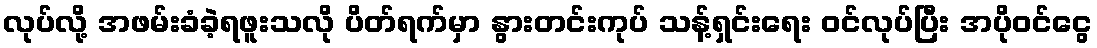
လုပ်လို့ အဖမ်းခံခဲ့ရဖူးသလို ပိတ်ရက်မှာ နွားတင်းကုပ် သန့်ရှင်းရေး ဝင်လုပ်ပြီး အပိုဝင်ငွေ